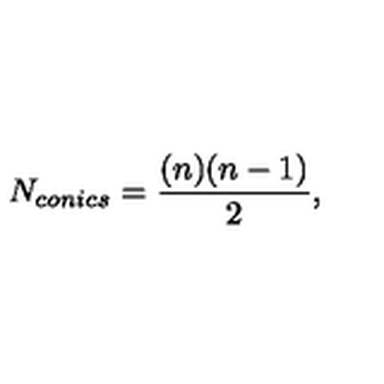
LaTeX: N _ { c o n i c s } = \frac { ( n ) ( n - 1 ) } { 2 } ,